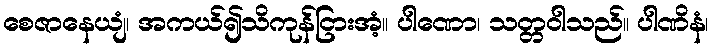
စေဇာနေယျံ၊ အကယ်၍သိကုန်ငြားအံ့။ ပါဏော၊ သတ္တဝါသည်။ ပါဏိနံ၊